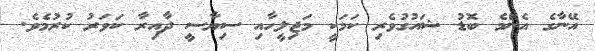
އޭނާގެ އެންމެ ބޮޑު ޝައުގުވެރި ކަމަކީ މަޖިލީހާއި ސިޔާސީ ދާއިރާ ކަވަރު ކުރުމެވެ.